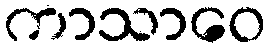
ကာသာဝေ